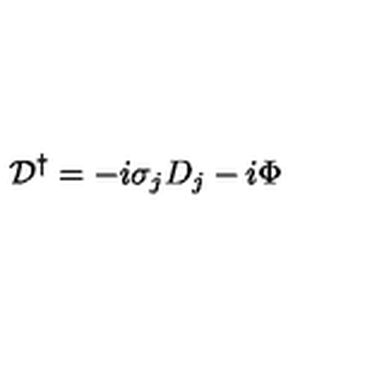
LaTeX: { \cal D } ^ { \dagger } = - i \sigma _ { j } D _ { j } - i \Phi